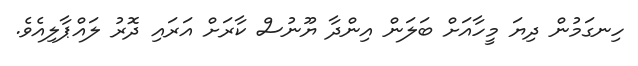
ހިނގަމުން ދިޔަ މީހާއަށް ބަލަން އިންދާ ޔޫނުސް ކާރަށް އަރައި ދޮރު ލައްޕާލިއެވެ.